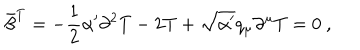
\bar { \beta } ^ { T } = - \frac { 1 } { 2 } \alpha ^ { \prime } \partial ^ { 2 } T - 2 T + \sqrt { \alpha ^ { \prime } } q _ { \mu } \partial ^ { \mu } T = 0 \ ,